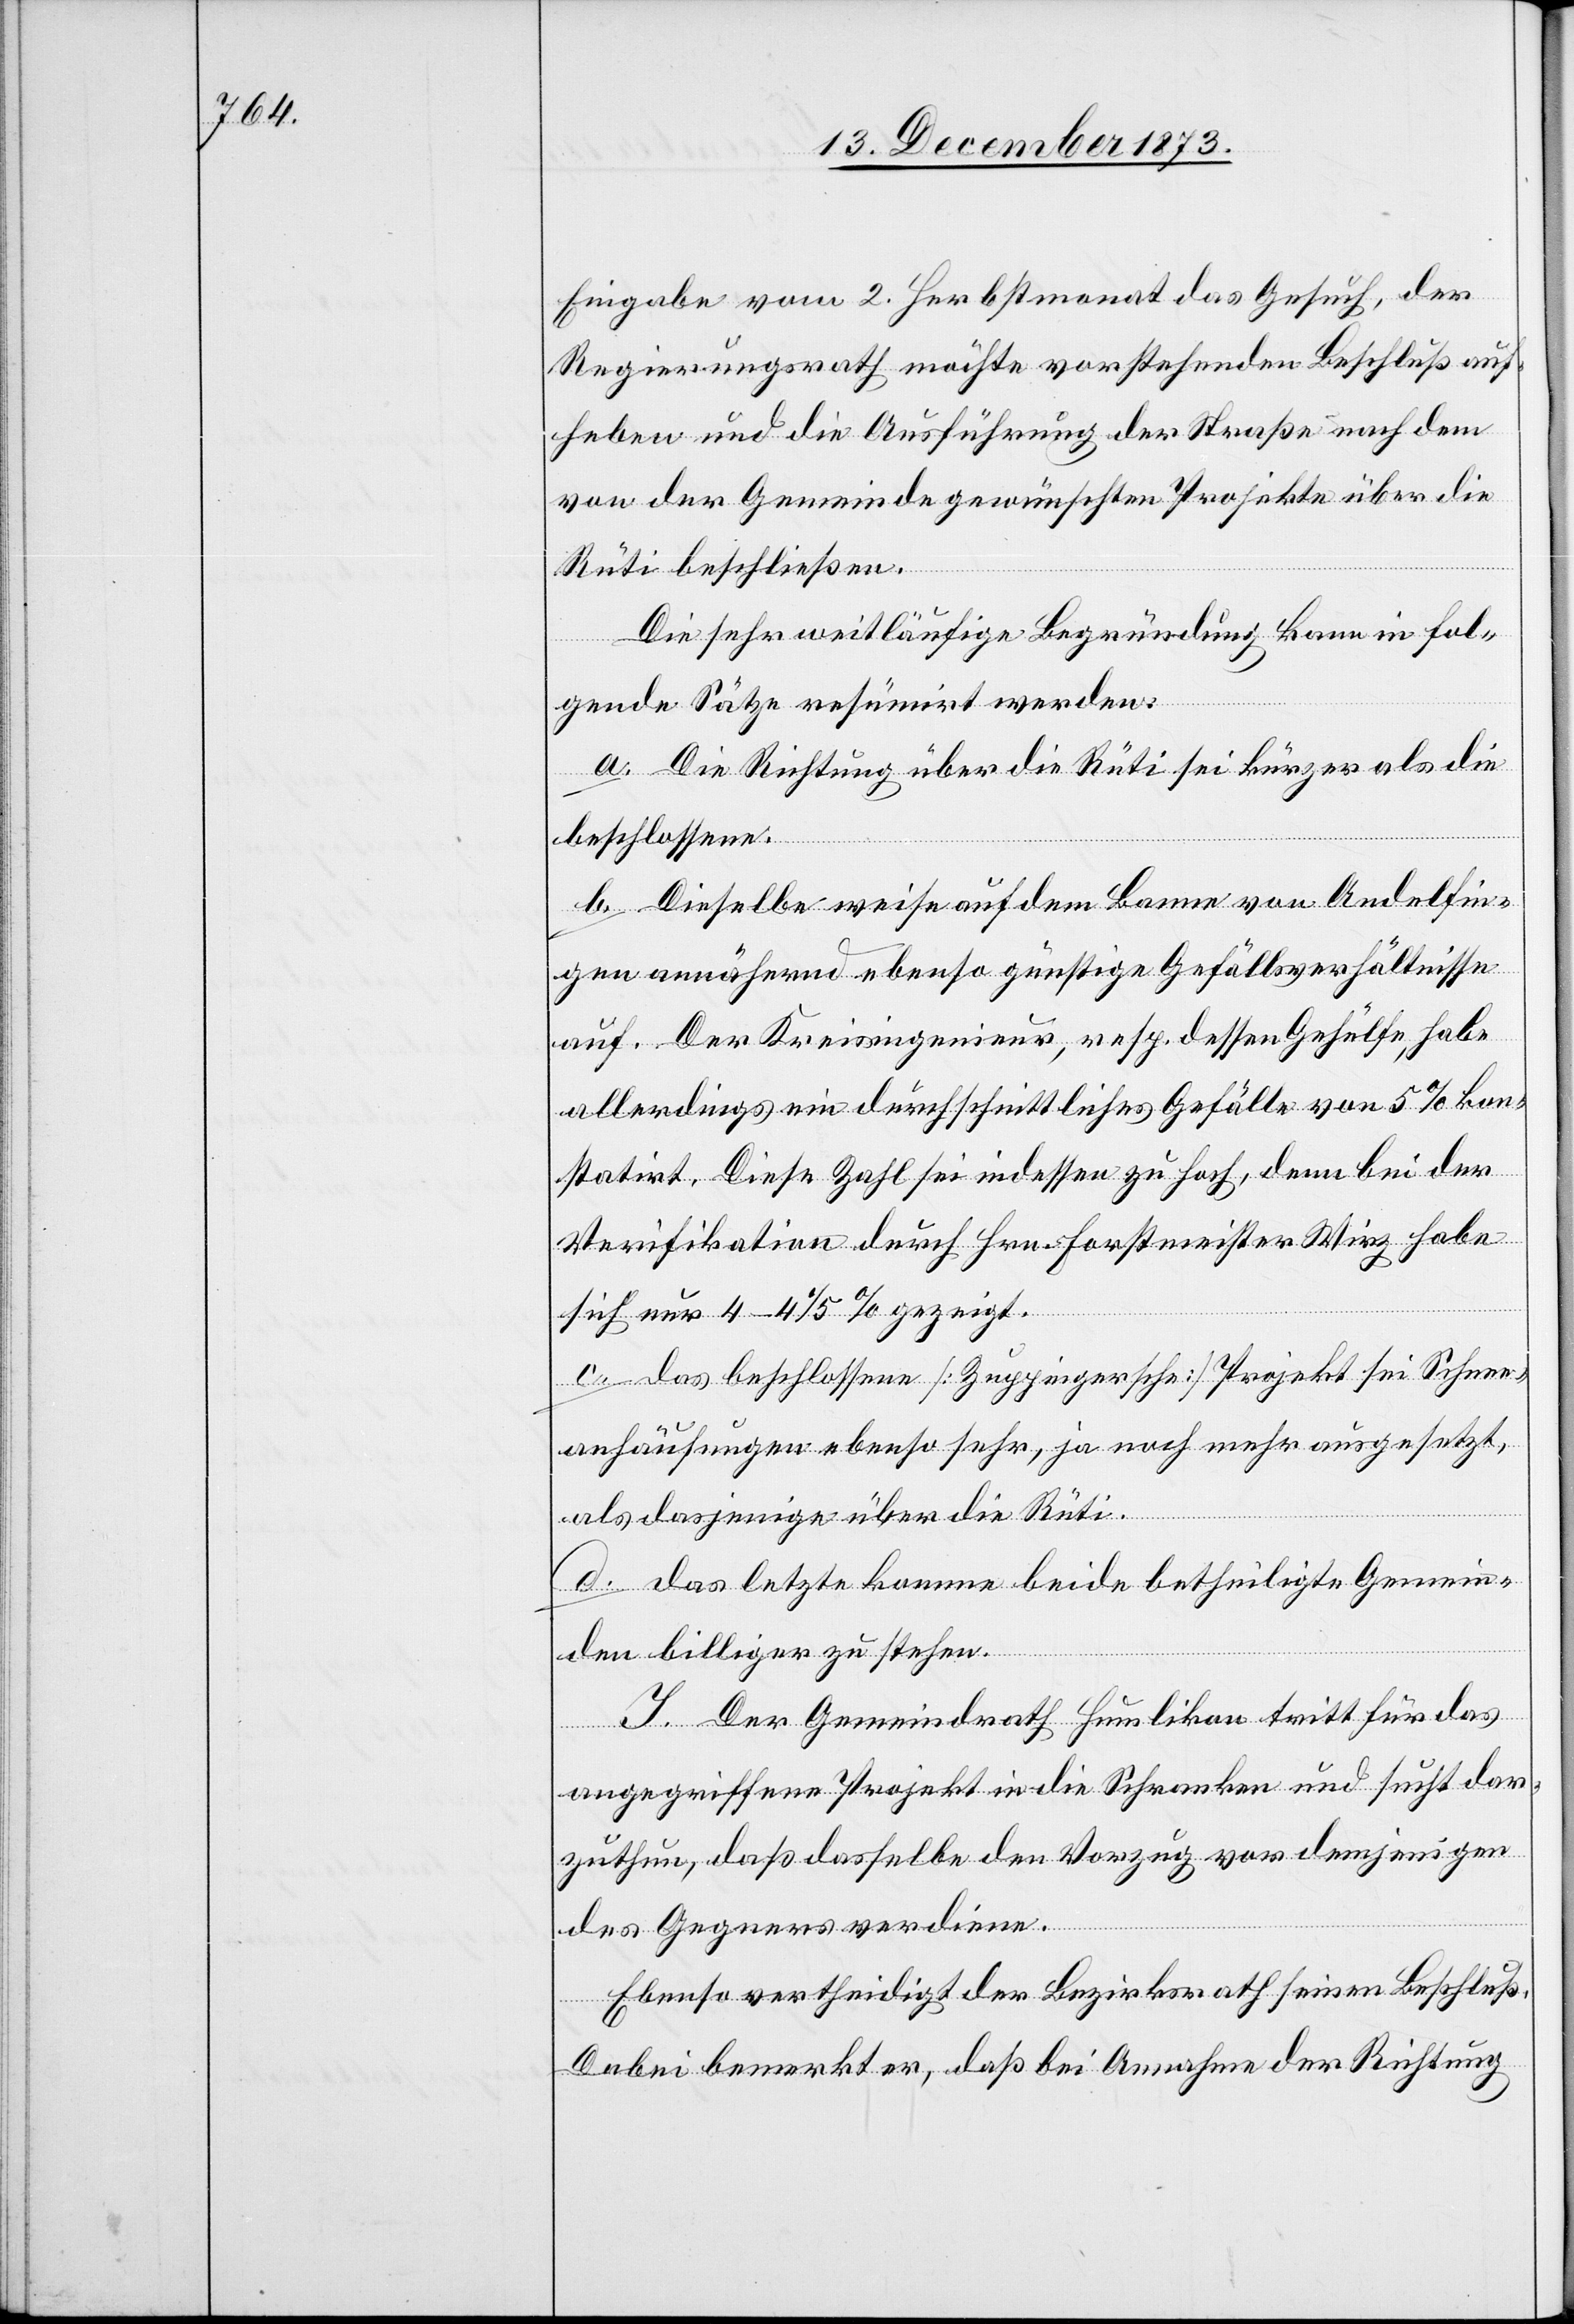
Eingabe vom 2. Herbstmonat das Gesuch, der
Regierungsrath möchte vorstehenden Beschluß auf¬
heben und die Ausführung der Straße nach dem
von der Gemeinde gewünschten Projekte über die
Rüti beschließen.
Die sehr weitläufige Begründung kann in fol¬
gende Sätze resümirt werden:
a. Die Richtung über die Rüti sei kürzer als die
beschlossene.
b. Dieselbe weise auf dem Banne von Andelfin¬
gen annähernd ebenso günstige Gefällsverhältnisse
auf. Der Kreisingenieur, resp. dessen Gehülfe, habe
allerdings ein durchschnittliches Gefälle von 5% kon¬
statirt. Diese Zahl sei indessen zu hoch, denn bei der
Verifikation durch Hrn. Forstmeister Wirz habe
sich nur 4–4 1/5% gezeigt.
c. Das beschlossene [Zuppingersche] Projekt sei Schnee¬
anhäufungen ebenso sehr, ja noch mehr ausgesetzt,
als dasjenige über die Rüti.
d. Das letzte komme beide betheiligte Gemein¬
den billiger zu stehen.
I. Der Gemeindrath Humlikon tritt für das
angegriffene Projekt in die Schranken und sucht dar¬
zuthun, daß dasselbe den Vorzug vor demjenigen
des Gegners verdiene.
Ebenso vertheidigt der Bezirksrath seinen Beschluß.
Dabei bemerkt er, daß bei Annahme der Richtung